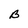
Character: B